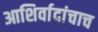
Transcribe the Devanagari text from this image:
आशिर्वादांचाच